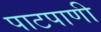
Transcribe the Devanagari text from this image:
पाटपाणी